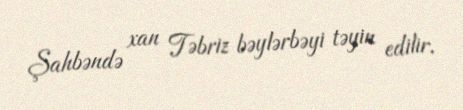
Şahbəndə xan Təbriz bəylərbəyi təyin edilir.